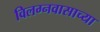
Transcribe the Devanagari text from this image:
विलग्नवासाच्या